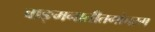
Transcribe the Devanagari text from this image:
वाङ्मनातीतगोचरम्